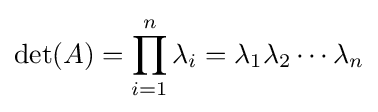
\det(A)=\prod _{i=1}^{n}\lambda _{i}=\lambda _{1}\lambda _{2}\cdots \lambda _{n}